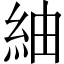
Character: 紬